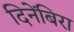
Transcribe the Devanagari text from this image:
दिनेंबिरा